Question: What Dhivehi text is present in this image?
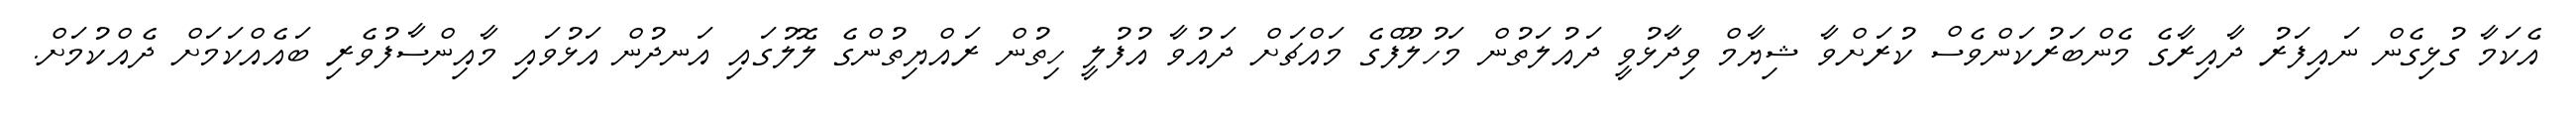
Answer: އެކަމާ ގުޅިގެން ނައިފަރު ދާއިރާގެ މެންބަރުކަންވެސް ކުރަށްވާ ޝިޔާމް ވިދާޅުވީ ދައުލަތުން މަހުލޫފްގެ މައްޗަށް ދައުވާ އުފުލީ ހިތުން ރައްޔިތުންގެ ލޮލުގައި އަނދުން އަޅުވައި މާއިންސާފުވެރި ބައެއްކަމަށް ދެއްކުމަށް.